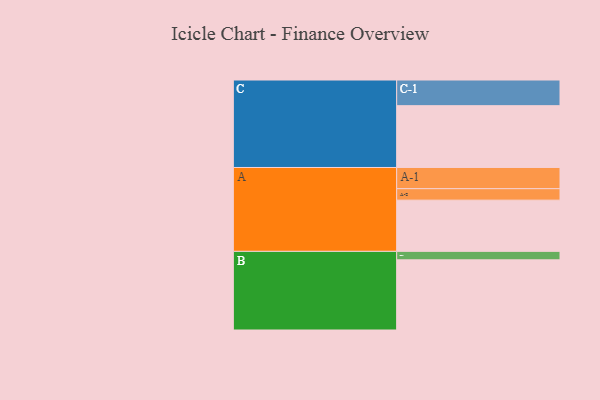
{"axis": {"x": "Segment", "y": "Value"}, "legend": ["", "A", "B", "C"], "data": [{"x": "A", "y": 411, "type": ""}, {"x": "B", "y": 563, "type": ""}, {"x": "C", "y": 496, "type": ""}, {"x": "A-1", "y": 170, "type": "A"}, {"x": "A-2", "y": 92, "type": "A"}, {"x": "B-1", "y": 68, "type": "B"}, {"x": "C-1", "y": 206, "type": "C"}]}